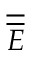
\overline { { \overline { { E } } } }